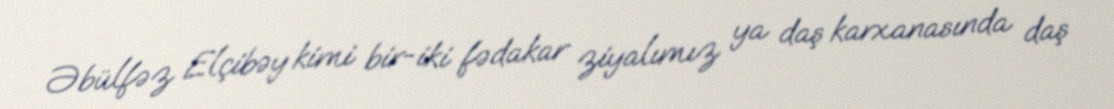
Əbülfəz Elçibəy kimi bir-iki fədakar ziyalımız ya daş karxanasında daş